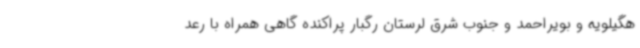
هگیلویه و بویراحمد و جنوب شرق لرستان رگبار پراکنده گاهی همراه با رعد